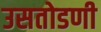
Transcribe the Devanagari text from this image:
उसतोडणी